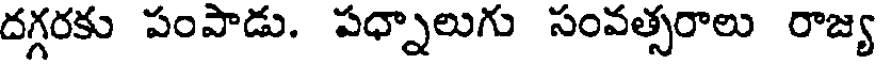
దగ్గరకు పంపాడు. పధ్నాలుగు సంవత్సరాలు రాజ్య